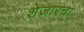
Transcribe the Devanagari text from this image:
शेजारचा